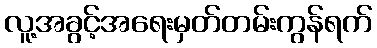
လူ့အခွင့်အရေးမှတ်တမ်းကွန်ရက်